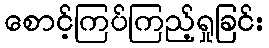
စောင့်ကြပ်ကြည့်ရှုခြင်း